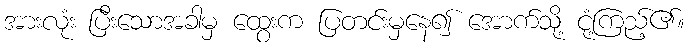
အားလုံး ပြီးသောအခါမှ ထွေးက ပြတင်းမှနေ၍ အောက်သို့ ငုံ့ကြည့်၏။